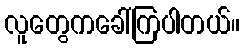
လူတွေကခေါ်ကြပါတယ်။